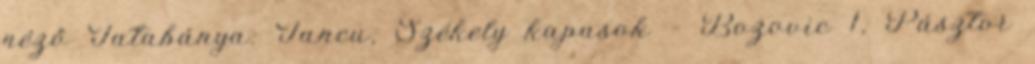
néző Tatabánya: Iancu, Székely kapusok – Bozovic 1, Pásztor